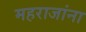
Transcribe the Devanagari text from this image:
महराजांना